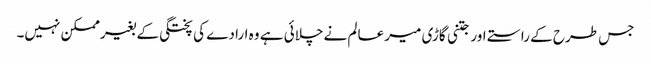
جس طرح کے راستے اور جتنی گاڑی میر عالم نے چلائی ہے وہ ارادے کی پختگی کے بغیرممکن نہیں۔